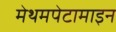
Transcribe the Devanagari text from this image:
मेथमपेटामाइन